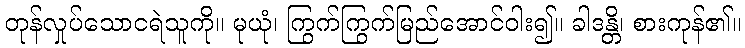
တုန်လှုပ်သောငရဲသူကို။ မုယုံ၊ ကြွက်ကြွက်မြည်အောင်ဝါး၍။ ခါဒန္တိ၊ စားကုန်၏။